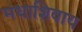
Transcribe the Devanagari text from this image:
मधाशिवाय